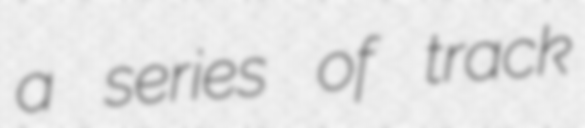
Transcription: a series of track